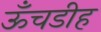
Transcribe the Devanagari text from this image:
ऊँचडीह